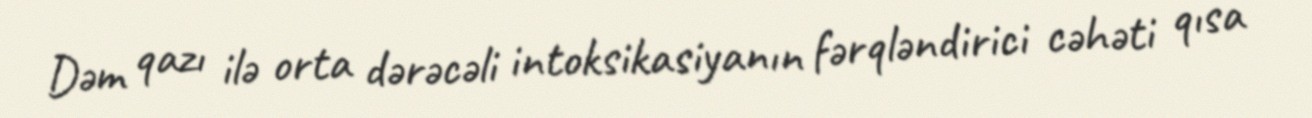
Dəm qazı ilə orta dərəcəli intoksikasiyanın fərqləndirici cəhəti qısa